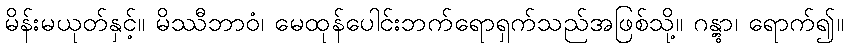
မိန်းမယုတ်နှင့်။ မိဿီဘာဝံ၊ မေထုန်ပေါင်းဘက်ရောရှက်သည်အဖြစ်သို့။ ဂန္တွာ၊ ရောက်၍။